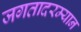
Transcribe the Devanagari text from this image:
जगतादरम्यान